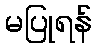
မပြုရန်